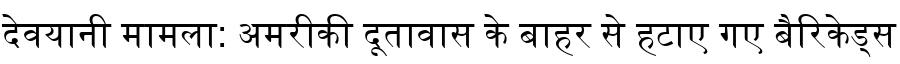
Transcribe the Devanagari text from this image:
देवयानी मामला: अमरीकी दूतावास के बाहर से हटाए गए बैरिकेड्स